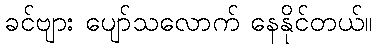
ခင်ဗျား ပျော်သလောက် နေနိုင်တယ်။